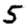
Digit: 5